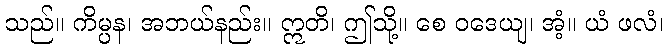
သည်။ ကိမ္ပန၊ အဘယ်နည်း။ ဣတိ၊ ဤသို့။ စေ ဝဒေယျ၊ အံ့။ ယံ ဖလံ၊